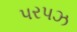
પરપઝ